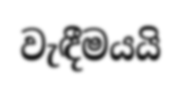
වැඳීමයයි